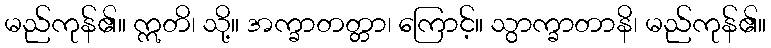
မည်ကုန်၏။ ဣတိ၊ သို့။ အက္ခာတတ္တာ၊ ကြောင့်။ သွာက္ခာတာနိ၊ မည်ကုန်၏။